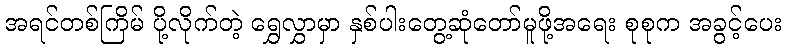
အရင်တစ်ကြိမ် ပို့လိုက်တဲ့ ရွှေလွှာမှာ နှစ်ပါးတွေ့ဆုံတော်မူဖို့အရေး စုစုက အခွင့်ပေး